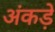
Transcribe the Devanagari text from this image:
अंकड़े